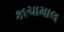
કાચામાલ